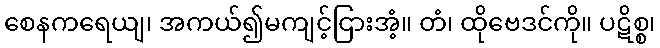
စေနကရေယျ၊ အကယ်၍မကျင့်ငြားအံ့။ တံ၊ ထိုဗေဒင်ကို။ ပဋိစ္စ၊